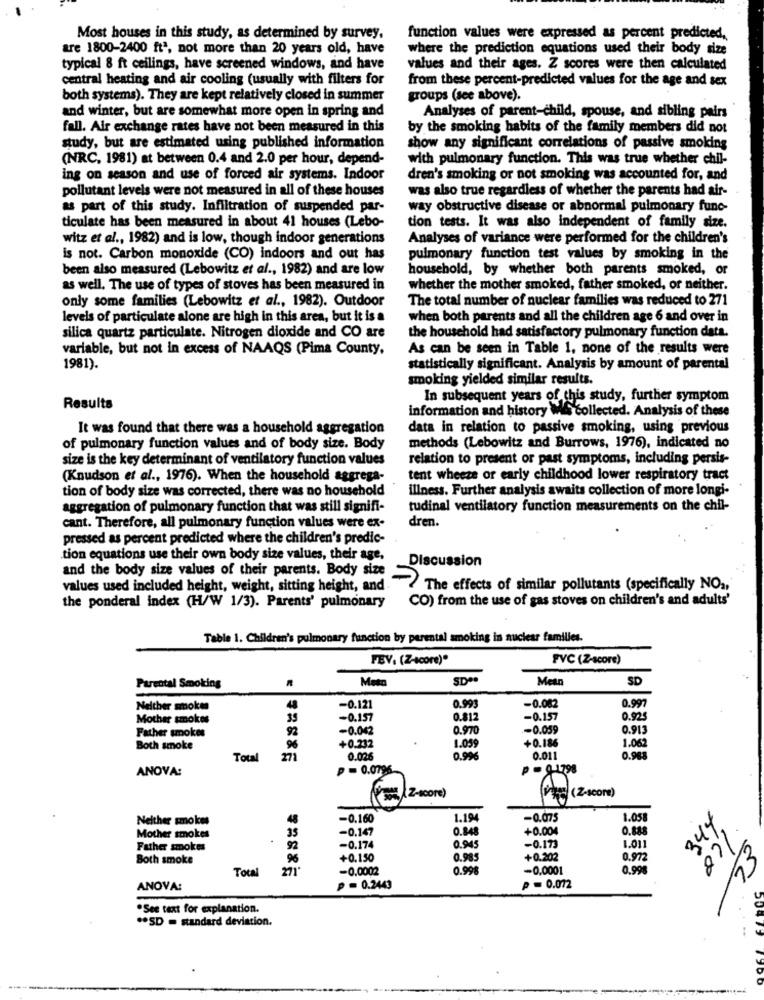
Most houses in this study, as determined by survey,
function values were expressed as percent predicted,
are 1800-2400 ftª, not more than 20 years old, have
where the prediction equations used their body size
typical 8 ft ceilings, have screened windows, and have
values and their ages. Z scores were then calculated
central heating and air cooling (usually with filters for
from these percent-predicted values for the age and sex
both systems). They are kept relatively closed in summer
groups (see above).
and winter, but are somewhat more open in spring and
Analyses of parent-child, spouse, and sibling pairs
fall. Air exchange rates have not been measured in this
by the smoking habits of the family members did not
study, but are estimated using published information
show any significant correlations of passive smoking
(NRC, 1981) at between 0.4 and 2.0 per hour, depend-
with pulmonary function. This was true whether chil-
ing on season and use of forced air systems. Indoor
dren's smoking or not smoking was accounted for, and
pollutant levels were not measured in all of these houses
was also true regardless of whether the parents had air-
as part of this study. Infiltration of suspended par-
way obstructive disease or abnormal pulmonary func-
ticulate has been measured in about 41 houses (Lebo-
tion tests. It was also independent of family size.
witz et al ., 1982) and is low, though indoor generations
Analyses of variance were performed for the children's
is not. Carbon monoxide (CO) indoors and out has
pulmonary function test values by smoking in the
been also measured (Lebowitz et al ., 1982) and are low
household, by whether both parents smoked, or
as well. The use of types of stoves has been measured in
whether the mother smoked, father smoked, or neither.
only some families (Lebowitz et al ., 1982). Outdoor
The total number of nuclear families was reduced to 271
levels of particulate alone are high in this area, but it is a
when both parents and all the children age 6 and over in
silica quartz particulate. Nitrogen dioxide and CO are
the household had satisfactory pulmonary function data.
variable, but not in excess of NAAQS (Pima County,
As can be seen in Table 1, none of the results were
1981).
statistically significant. Analysis by amount of parental
smoking yielded similar results.
In subsequent years of this study, further symptom
Results
information and history Was collected. Analysis of these
It was found that there was a household aggregation
data in relation to passive smoking, using previous
methods (Lebowitz and Burrows, 1976), indicated no
of pulmonary function values and of body size. Body
size is the key determinant of ventilatory function values
relation to present or past symptoms, including persis-
(Knudson et al ., 1976). When the household aggrega-
tent wheeze or early childhood lower respiratory tract
tion of body size was corrected, there was no household
illness. Further analysis awaits collection of more longi-
aggregation of pulmonary function that was still signifi-
tudinal ventilatory function measurements on the chil-
cant. Therefore, all pulmonary function values were ex-
dren.
pressed as percent predicted where the children's predic-
tion equations use their own body size values, their age,
and the body size values of their parents. Body size
Discussion
->
values used included height, weight, sitting height, and
The effects of similar pollutants (specifically NO .,
CO) from the use of gas stoves on children's and adults'
the ponderal index (H/W 1/3). Parents' pulmonary
Table 1. Children's pulmonary function by parental smoking in nuclear families.
FEV. (Z-score)*
FVC (Z-score)
Meto
Mean
SD
Parental Smoking
0.997
Nelther smokes
40
-0.121
0.999
-0.082
Mother smokes
35
-0.157
0.812
-0.157
0.92€
Father smokes
92
-0.042
0.970
-0.059
0.913
+0.232
1.059
+0.186
1.062
Both smoke
96
Total
0.02
0.99%
0.011
0.968
ANOVA:
p = 0.0796
p = 01798
(sos(Z-score)
Neither smokes
48
-0.160
1.194
-0.075
1.05
344
-0.147
0.848
+0.004
Mother smokes
35
0.945
Father smokes
92
-0.174
-0.173
1.011
Both smoke
96
+0.150
0.985
+0.202
0.972
33
1,00
Total
271'
-0.0002
0.998
-0.0001
0.99
ANOVA:
p = 0.2443
p = 0.072
.See text for explanation.
** SD = standard deviation.
50479
7960